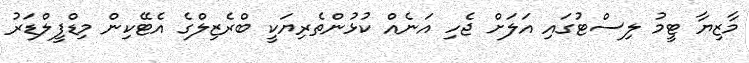
މާޒިޔާ ޓީމު ލިސްޓުގައި އަލަށް ޖެހި އަނެއް ކުޅުންތެރިޔަކީ ބްރެޒިލްގެ އެޓޭކިން މިޑްފީލްޑަރު